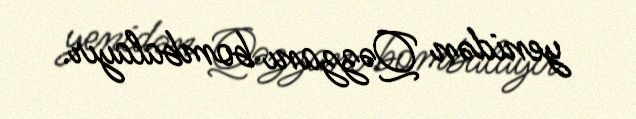
yenidən Qəzzanı bombalayır.